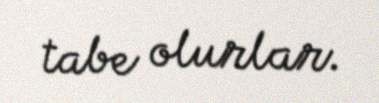
tabe olurlar.